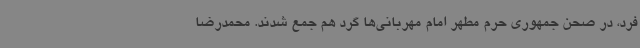
فرد، در صحن جمهوری حرم مطهر امام مهربانی‌ها گرد هم جمع شدند. محمدرضا